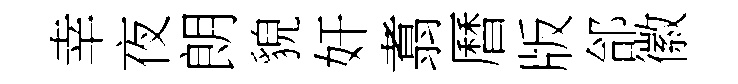
幸夜朗貌奸翥曆版郃徽